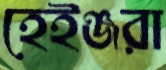
হেইঞ্জরা